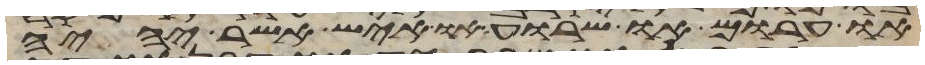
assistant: או חרום או שרוע או איש אשר יהיה